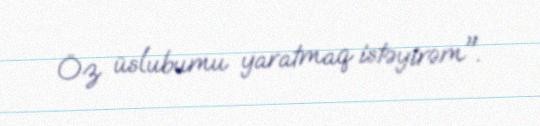
Öz üslubumu yaratmaq istəyirəm".